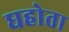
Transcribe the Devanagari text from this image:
घहोता